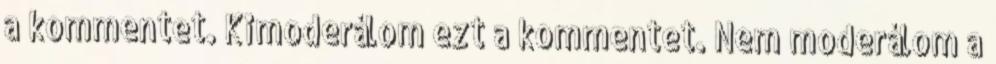
a kommentet. Kimoderálom ezt a kommentet. Nem moderálom a